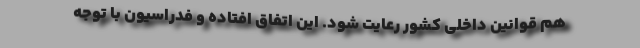
هم قوانین داخلی کشور رعایت شود. این اتفاق افتاده و فدراسیون با توجه